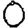
Digit: 0